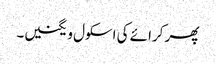
پھر کرائے کی اسکول ویگنیں۔